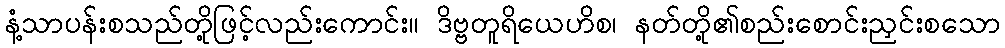
နံ့သာပန်းစသည်တို့ဖြင့်လည်းကောင်း။ ဒိဗ္ဗတူရိယေဟိစ၊ နတ်တို့၏စည်းစောင်းညှင်းစသော